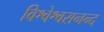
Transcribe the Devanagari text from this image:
विश्वेश्वरानन्द